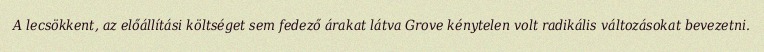
A lecsökkent, az előállítási költséget sem fedező árakat látva Grove kénytelen volt radikális változásokat bevezetni.